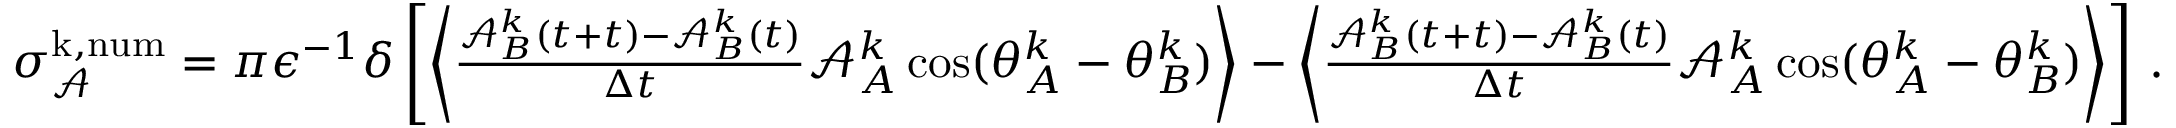
\begin{array} { r } { \sigma _ { \mathcal { A } } ^ { \mathrm { k , n u m } } = { \pi } \epsilon ^ { - 1 } \delta \left[ \left\langle \frac { \mathcal { A } _ { B } ^ { k } ( t + t ) - \mathcal { A } _ { B } ^ { k } ( t ) } { \Delta t } \mathcal { A } _ { A } ^ { k } \cos ( \theta _ { A } ^ { k } - \theta _ { B } ^ { k } ) \right\rangle - \left\langle \frac { \mathcal { A } _ { B } ^ { k } ( t + t ) - \mathcal { A } _ { B } ^ { k } ( t ) } { \Delta t } \mathcal { A } _ { A } ^ { k } \cos ( \theta _ { A } ^ { k } - \theta _ { B } ^ { k } ) \right\rangle \right] \, . } \end{array}